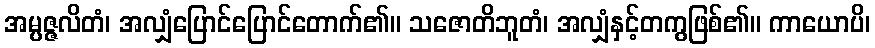
အမ္ပဇ္ဇလိတံ၊ အလျှံပြောင်ပြောင်တောက်၏။ သဇောတိဘူတံ၊ အလျှံနှင့်တကွဖြစ်၏။ ကာယောပိ၊